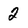
Character: 2